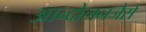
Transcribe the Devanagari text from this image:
आन्दोलनजैसे